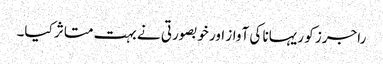
راجرز کو ریہانا کی آواز اور خوبصورتی نے بہت متاثر کیا۔